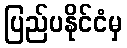
ပြည်ပနိုင်ငံမှ